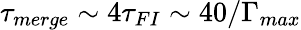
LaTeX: \tau_{merge}\sim 4\tau_{FI}\sim 40/\Gamma_{max}